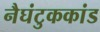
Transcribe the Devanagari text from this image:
नैघंटुककांड